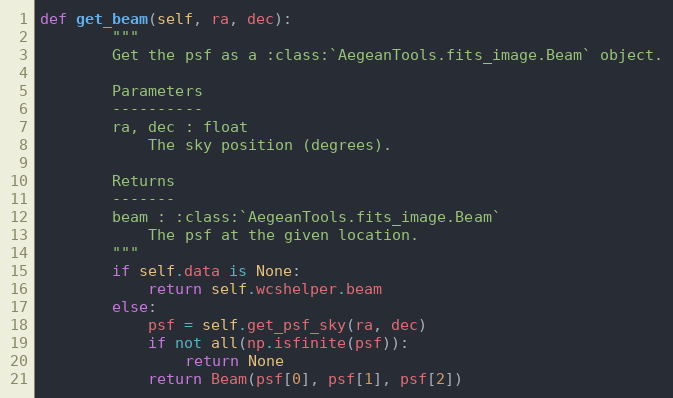
Language: Python
def get_beam(self, ra, dec):
        """
        Get the psf as a :class:`AegeanTools.fits_image.Beam` object.

        Parameters
        ----------
        ra, dec : float
            The sky position (degrees).

        Returns
        -------
        beam : :class:`AegeanTools.fits_image.Beam`
            The psf at the given location.
        """
        if self.data is None:
            return self.wcshelper.beam
        else:
            psf = self.get_psf_sky(ra, dec)
            if not all(np.isfinite(psf)):
                return None
            return Beam(psf[0], psf[1], psf[2])